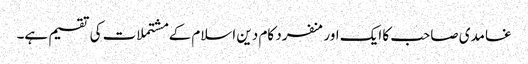
غامدی صاحب کا ایک اورمنفرد کام دین اسلام کے مشتملات کی تقسیم ہے۔